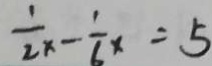
\frac { 1 } { 2 x } - \frac { 1 } { 6 x } = 5